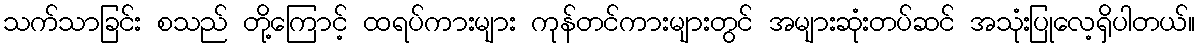
သက်သာခြင်း စသည် တို့ကြောင့် ထရပ်ကားများ ကုန်တင်ကားများတွင် အများဆုံးတပ်ဆင် အသုံးပြုလေ့ရှိပါတယ်။